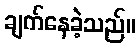
ချက်နေခဲ့သည်။